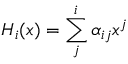
H _ { i } ( x ) = \sum _ { j } ^ { i } \alpha _ { i j } x ^ { j }